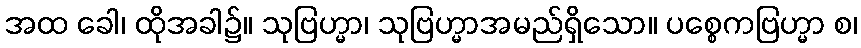
အထ ခေါ၊ ထိုအခါ၌။ သုဗြဟ္မာ၊ သုဗြဟ္မာအမည်ရှိသော။ ပစ္စေကဗြဟ္မာ စ၊